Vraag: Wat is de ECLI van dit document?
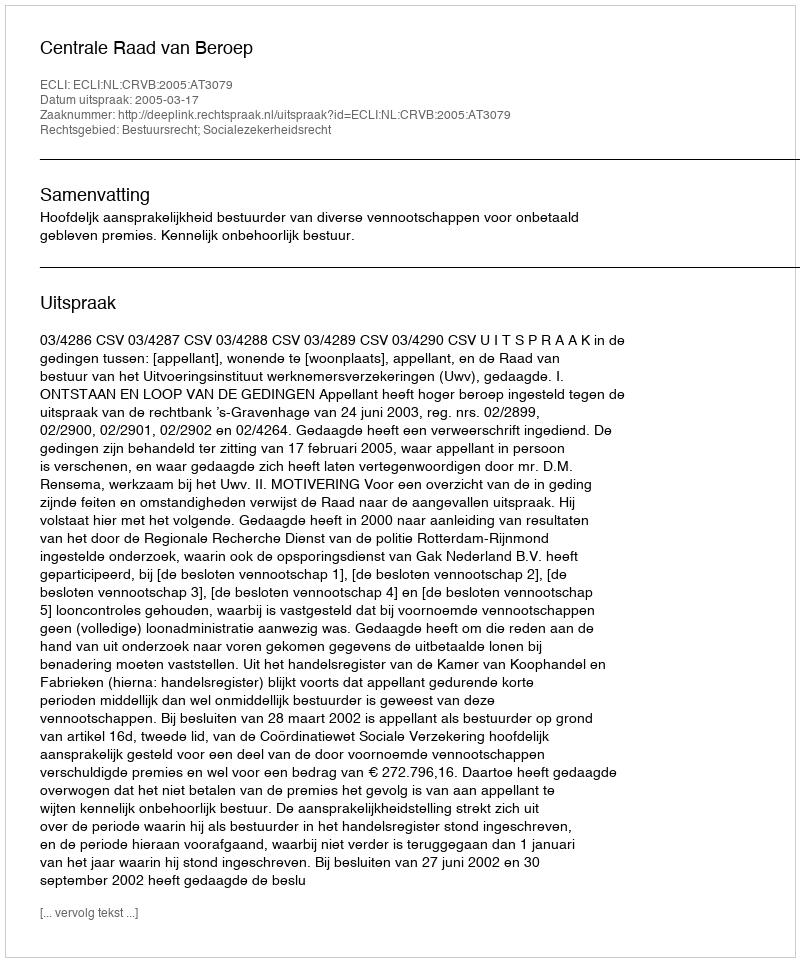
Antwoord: ECLI:NL:CRVB:2005:AT3079